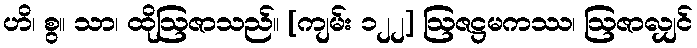
ဟိ၊ စွ။ သာ၊ ထိုဩဇာသည်။ [ကျမ်း ၁၂၂] ဩဇဋ္ဌမကဿ၊ ဩဇာလျှင်